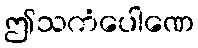
ဤသကံပေါဏေ